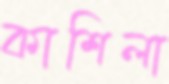
কাশিলা